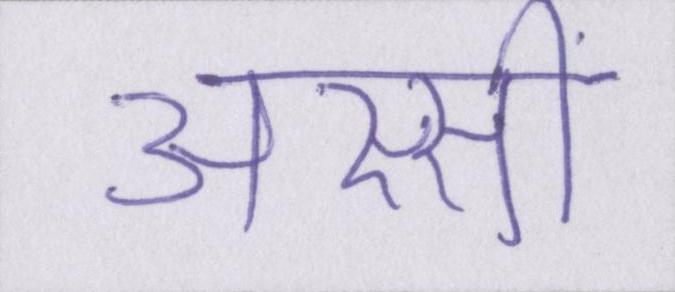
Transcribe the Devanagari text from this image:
अस्सीं